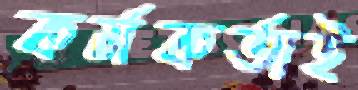
কর্মকর্তাই